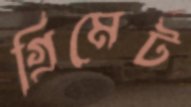
গ্রিমেট